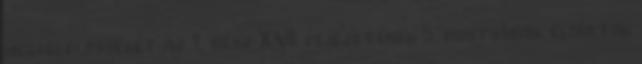
megfelelõsségét az 1. rész XVI. fejezetének 5. pontjában, elõírtak